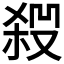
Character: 𠮁